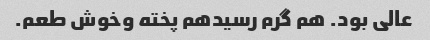
عالی بود. هم گرم رسیدهم پخته وخوش طعم.